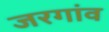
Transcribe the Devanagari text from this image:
जरगांव